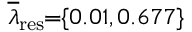
\! \! \! \! \! \! \! \overline { { \lambda } } _ { \mathrm { { r e s } } } \! \! = \! \! \{ 0 . 0 1 , 0 . 6 7 7 \} \! \! \!